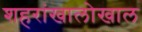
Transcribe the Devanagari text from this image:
शहरांखालोखाल